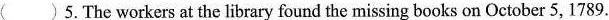
( )5.The workers at the library found the missing books on October 5,1789.